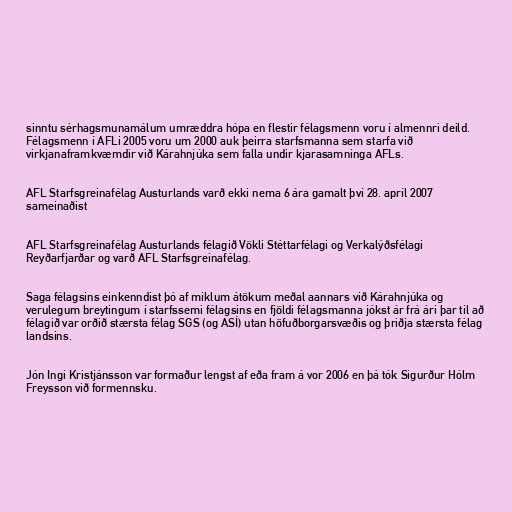
sinntu sérhagsmunamálum umræddra hópa en flestir félagsmenn voru í almennri deild.
Félagsmenn í AFLi 2005 voru um 2000 auk þeirra starfsmanna sem starfa við
virkjanaframkvæmdir við Kárahnjúka sem falla undir kjarasamninga AFLs.

AFL Starfsgreinafélag Austurlands varð ekki nema 6 ára gamalt því 28. apríl 2007
sameinaðist

AFL Starfsgreinafélag Austurlands félagið Vökli Stéttarfélagi og Verkalýðsfélagi
Reyðarfjarðar og varð AFL Starfsgreinafélag.

Saga félagsins einkenndist þó af miklum átökum meðal aannars við Kárahnjúka og
verulegum breytingum í starfssemi félagsins en fjöldi félagsmanna jókst ár frá ári þar til að
félagið var orðið stærsta félag SGS (og ASÍ) utan höfuðborgarsvæðis og þriðja stærsta félag
landsins.

Jón Ingi Kristjánsson var formaður lengst af eða fram á vor 2006 en þá tók Sigurður Hólm
Freysson við formennsku.